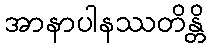
အာနာပါနဿတိန္တိ